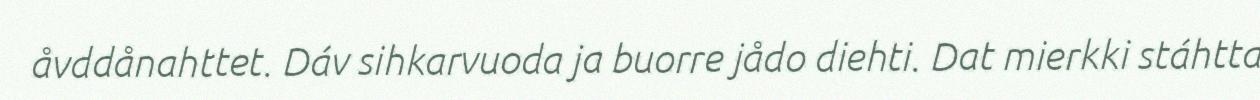
åvddånahttet. Dáv sihkarvuoda ja buorre jådo diehti. Dat mierkki stáhtta